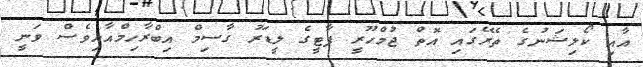
އާއި ކޯލިޝަނުގެ ތެރޭގައި އޮތް ޖުމްހޫރީ ޕާޓީގެ ލީޑަރު ގާސިމް އިބްރާހިމްއާއިވެސް ވަނީ